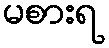
မစားရ